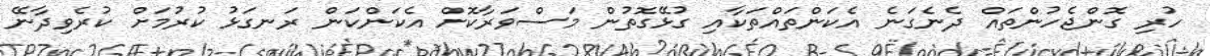
ހުރި ގޮންޖެހުންތައް ދެނެގަނެ އެކަންތައްތަކާއި ގުޅޭގޮތުން މަސްވަރާކޮށް އެކަންކަން ރަނގަޅު ކުރުމަށް ކުރެވިދާނޭ